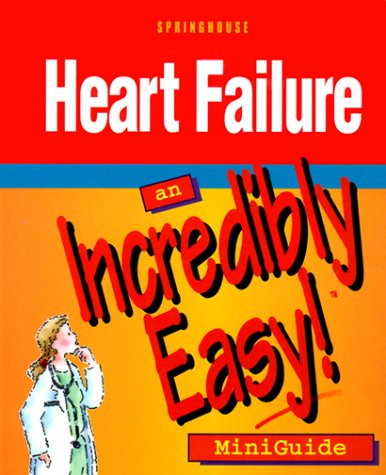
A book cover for Heart Failure: An Incredibly Easy! Miniguide; Medical Books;